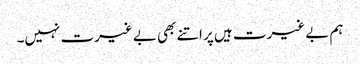
ہم بے غیرت ہیں پر اتنے بھی بے غیرت نہیں۔